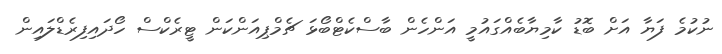
ނުކުމެ ފަޔާ އަށް ބޮޑު ކާމިޔާބެއްގައުމީ އަންހެން ބާސްކެޓްބޯޅަ ޗެމްޕިއަންކަން ޓީރެކްސް ހޯދައިފިރެޑްލައިން